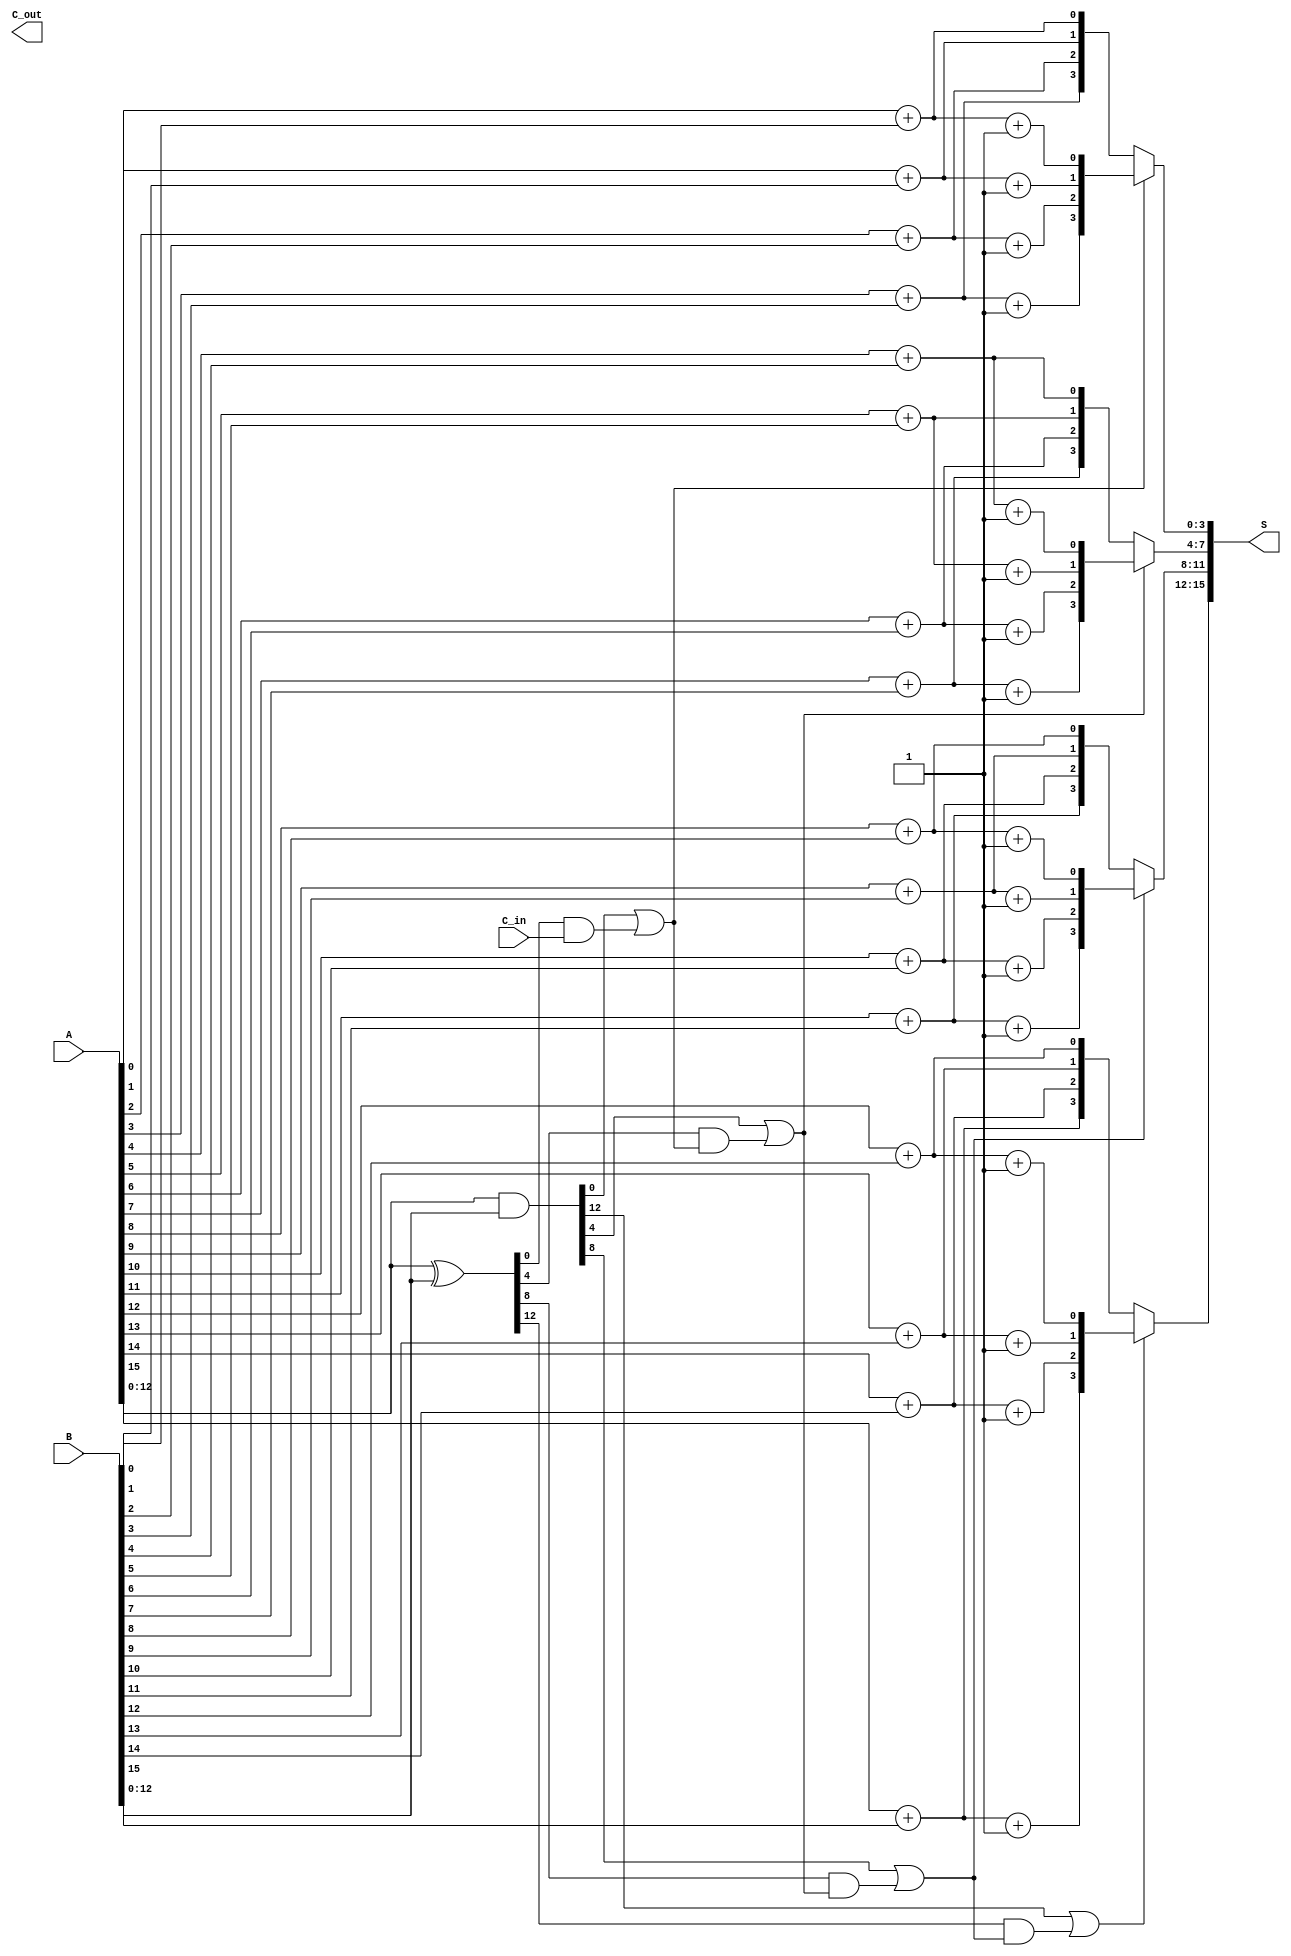
module ParallelPrefixCarrySelectAdder #(parameter N = 16) (
    input [N-1:0] A,
    input [N-1:0] B,
    input C_in,
    output [N-1:0] S,
    output C_out
);

    // Generate and Propagate signals
    wire [N-1:0] G; // Generate
    wire [N-1:0] P; // Propagate
    wire [N/4:0] C; // Carry signals for each block

    // Generate and Propagate calculations
    assign G = A & B;
    assign P = A ^ B;

    // Carry generation using a prefix structure (Kogge-Stone or similar)
    genvar i;
    generate
        for (i = 0; i < N/4; i = i + 1) begin : carry_generation
            // Calculate carry for each block
            if (i == 0) begin
                assign C[i] = G[4*i] | (P[4*i] & C_in);
            end else begin
                assign C[i] = G[4*i] | (P[4*i] & C[i-1]);
            end
        end
    endgenerate

    // Sum generation using carry select strategy
    wire [N-1:0] S0; // Sum when C_in = 0
    wire [N-1:0] S1; // Sum when C_in = 1

    generate
        for (i = 0; i < N; i = i + 1) begin : sum_generation
            assign S0[i] = A[i] + B[i]; // Sum when C_in = 0
            assign S1[i] = A[i] + B[i] + 1; // Sum when C_in = 1
        end
    endgenerate

    // Select the correct sum based on the carry signals
    generate
        for (i = 0; i < N/4; i = i + 1) begin : sum_select
            assign S[4*i +: 4] = C[i] ? S1[4*i +: 4] : S0[4*i +: 4];
        end
    endgenerate

    // Final carry out
    assign C_out = C[N/4];

endmodule